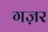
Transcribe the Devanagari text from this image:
गज़र